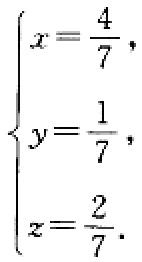
\[
\begin{cases}
x = \frac{4}{7}, \\
y = \frac{1}{7}, \\
z = \frac{2}{7}.
\end{cases}
\]